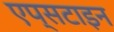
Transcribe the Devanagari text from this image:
एप्सटाइन